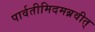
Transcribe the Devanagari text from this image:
पार्वतीमिदमब्रवीत्